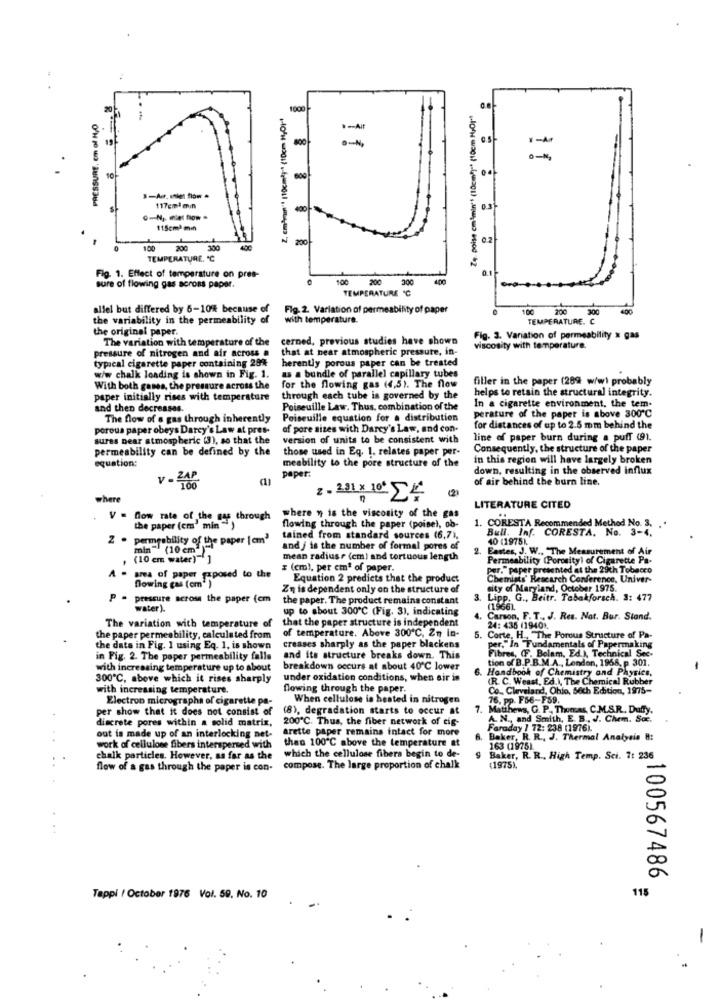
2. cm4run"! (10cm2] ** (10cm 3,01-1
1000
Zą. poise cmimin'' (10cm)) ** (10cm H,Or"
PRESSURE, Em ol H,O
800
11
10
04
600
117cm3 min
400
0.3
115cml min
200
0.2
100
200
300
TEMPERATURE, "C
Fig. 1. Effect of temperature on pres-
100
200
400
sure of flowing gas across paper.
TEMPERATURE C
300
allel but differed by 6-10% because of
Fig. 2. Variation of permeability of paper
100 200
300
400
the variability in the permeability of
with temperature.
TEMPERATURE. C
the original paper.
The variation with temperature of the
cerned, previous studies have shown
Fig. 3. Variation of permeability x gas
pressure of nitrogen and air across a
that at near atmospheric pressure, in-
viscosity with temperature.
herently porous paper can be treated
typical cigarette paper containing 29%
a3 a bundle of parallel capillary tubes
w/w chalk loading is shown in Fig. 1.
filler in the paper (28% w/w) probably
With both gases, the pressure across the
for the flowing gas (4,5). The flow
helps to retain the structural integrity.
paper initially rises with temperature
through each tube is governed by the
In a cigarette environment, the tem-
and then decreases.
Poiseuille Law. Thus, combination of the
The flow of a gas through inherently
Poiseuille equation for a distribution
perature of the paper is above 300 ℃
poroua paper obeys Darcy's Law at pres-
of pore sizes with Darcy's Law, and con-
for distances of up to 2.5 mm behind the
sures near atmospheric (3), so that the
version of units to be consistent with
line of paper burn during a puff (91.
permeability can be defined by the
those used in Eq. 1. relates paper per-
Consequently, the structure of the paper
equation:
meability to the pore structure of the
in this region will have largely broken
down, resulting in the observed influx
paper:
of air behind the burn line.
(2)
where
z - 231 x 10 24
LITERATURE CITED
V = flow rate of the gy
the paper (cm' min , through
where " is the viscosity of the gas
1. CORESTA Recommended Method No. 3.
flowing through the paper (poisel, ob-
Bull. Inf. CORESTA. No. 3-4,
2 . permeability of the paper [cm'
tained from standard sources (6,7),
40 119751.
mln" (10 cm3)"
and / is the number of formal pores of
. Eastes, J. W ., "The Measurement of Air
(10 cm water)"]
mean radius r (cm) and tortuous length
Permeability (Porosityl of Cigarette Pa-
# (cm), per cmª of paper.
Par. Paper presented at the 29th Tobacco
area of paper giposed to the
Blowing cas ( cm )
Equation 2 predicts that the product
Chemists' Research Conference, Univer-
Zy is dependent only on the structure of
sity of Maryland, October 1975.
P - pressure across the paper (cm
the paper. The product remains constant
3. Lipp. G ., Beitr. Tabakforsch. 3: 477
water ).
up to about 300℃ (Fig. 3), indicating
(1966).
that the paper structure is independent
Carson, F. T ., J. Res. Nat. Bur. Stand.
The variation with temperature of
of temperature. Above 300℃, Zn in-
24: 435 119401.
the paper permeability, calculated from
5.
5. Corte, H ., "The Porous Structure of Pa-
the data in Fig. 1 using Eq. 1. is shown
creases sharply as the paper blackens
Fibres, (F. Bolam, Ed.), Technical Sec-
r."In Fundamentals of Papermaking
in Fig. 2. The poper permeability falls
and its structure breaks down. This
tion of B.P.B.M.A ., London, 1968, p. 301.
with increasing temperature up to about
breakdown occurs at about 40℃ lower
6.
6. Handbook of Chemistry and Physics,
-
300℃, above which it rises sharply
under oxidation conditions, when sir in
(R. C. Weast, Ed.), The Chemical Rubber
with increasing temperature.
flowing through the paper.
Co ., Cleveland, Ohio, Sich Edition, 1975-
Electron micrographs of cigarette pa-
When cellulose is heated in nitrogen
76, pp. F56-FS9.
per show that it does not consist of
(8), degradation starts to occur at
7.
atthews, G. P ., Thomas, C.M.S.R. Duffy.
discrete pores within a solid matrix,
200℃. Thus, the fiber network of cig-
A. N ., and Smith, E. B ., J. Chem. Soc.
arette paper remains intact for more
Faraday / 72: 238 (1976).
out is made up of an interlocking net-
than 100℃ above the temperature at
Baker, R. R ., J. Thermal Analysis B:
work of cellulose fibers interspersed with
163 (1975)
..
chalk particles. However, as far as the
which the cellulose fibers begin to de-
Baker, R. R ., High Temp. Sci. 7: 236
flow of a gas through the paper is con-
compose. The large proportion of chalk
(1975).
100567486
115
Tappi / October 1976 Vol. 59. No. 10
-